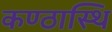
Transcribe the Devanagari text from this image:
कण्ठास्थि